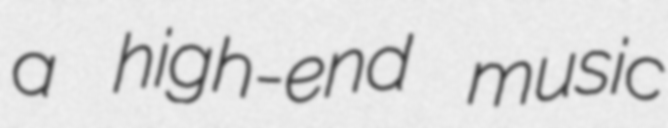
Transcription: a high-end music